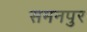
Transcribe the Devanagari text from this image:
समनपुर